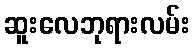
ဆူးလေဘုရားလမ်း